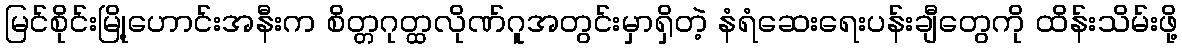
မြင်စိုင်းမြို့ဟောင်းအနီးက စိတ္တဂုတ္ထလိုဏ်ဂူအတွင်းမှာရှိတဲ့ နံရံဆေးရေးပန်းချီတွေကို ထိန်းသိမ်းဖို့